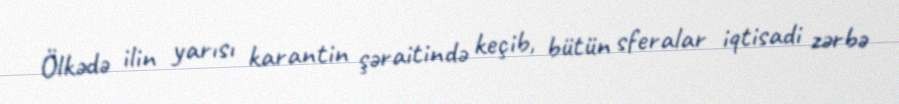
Ölkədə ilin yarısı karantin şəraitində keçib, bütün sferalar iqtisadi zərbə